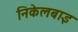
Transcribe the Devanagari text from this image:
निकेलबाइ